Civil Veterinary Department. Madras. Admin. report 1910-25 - 1910-1925
Year: 1910
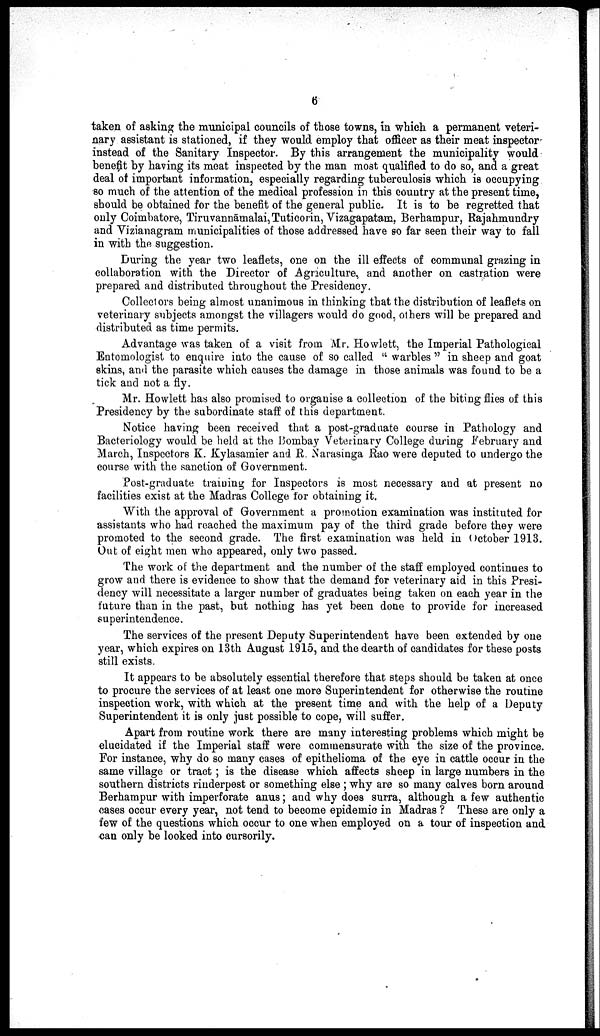
6
taken of asking the municipal councils of those towns, in which a permanent veteri
nary assistant is stationed, if they would employ that officer as their meat inspector
instead of the Sanitary Inspector. By this arrangement the municipality would
benefit by having its meat inspected by the man most qualified to do so, and a great
deal of important information, especially regarding tuberculosis which is occupying
so much of the attention of the medical profession in this country at the present time,
should be obtained for the benefit of the general public. It is to be regretted that
only Coimbatore, Tiruvannāmalai,Tuticorin, Vizagapatam, Berhampur, Rajahmundry
and Vizianagram municipalities of those addressed have so far seen their way to fall
in with the suggestion.
During the year two leaflets, one on the ill effects of communal grazing in
collaboration with the Director of Agriculture, and another on castration were
prepared and distributed throughout the Presidency.
Collectors being almost unanimous in thinking that the distribution of leaflets on
veterinary subjects amongst the villagers would do good, others will be prepared and
distributed as time permits.
Advantage was taken of a visit from Mr. Howlett, the Imperial Pathological
Entomologist to enquire into the cause of so called "warbles" in sheep and goat
skins, and the parasite which causes the damage in those animals was found to be a
tick and not a fly.
Mr. Howlett has also promised to organise a collection of the biting flies of this
Presidency by the subordinate staff of this department.
Notice having been received that a post-graduate course in Pathology and
Bacteriology would be held at the Bombay Veterinary College during February and
March, Inspectors K. Kylasamier and R. Narasinga Rao were deputed to undergo the
course with the sanction of Government.
Post-graduate training for Inspectors is most necessary and at present no
facilities exist at the Madras College for obtaining it.
With the approval of Government a promotion examination was instituted for
assistants who had reached the maximum pay of the third grade before they were
promoted to the second grade. The first examination was held in October 1913.
Out of eight men who appeared, only two passed.
The work of the department and the number of the staff employed continues to
grow and there is evidence to show that the demand for veterinary aid in this Presi
dency will necessitate a larger number of graduates being taken on each year in the
future than in the past, but nothing has yet been done to provide for increased
superintendence.
The services of the present Deputy Superintendent have been extended by one
year, which expires on 13th August 1915, and the dearth of candidates for these posts
still exists.
It appears to be absolutely essential therefore that steps should be taken at once
to procure the services of at least one more Superintendent for otherwise the routine
inspection work, with which at the present time and with the help of a Deputy
Superintendent it is only just possible to cope, will suffer.
Apart from routine work there are many interesting problems which might be
elucidated if the Imperial staff were commensurate with the size of the province.
For instance, why do so many cases of epithelioma of the eye in cattle occur in the
same village or tract; is the disease which affects sheep in large numbers in the
southern districts rinderpest or something else; why are so many calves born around
Berhampur with imperforate anus; and why does surra, although a few authentic
cases occur every year, not tend to become epidemic in Madras? These are only a
few of the questions which occur to one when employed on a tour of inspection and
can only be looked into cursorily.